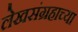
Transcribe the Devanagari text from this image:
लेखसंग्रहाच्या